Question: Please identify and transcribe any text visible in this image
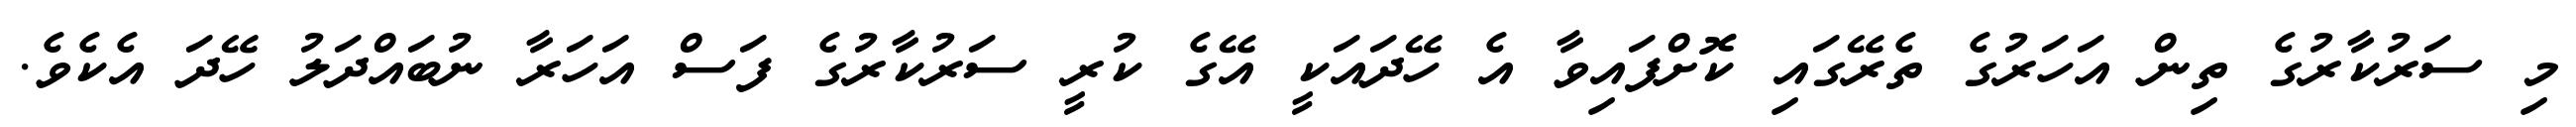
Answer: މި ސަރުކާރުގެ ތިން އަހަރުގެ ތެރޭގައި ކޮށްފައިވާ އެ ހޭދައަކީ އޭގެ ކުރީ ސަރުކާރުގެ ފަސް އަހަރާ ނުބައްދަލު ހޭދަ އެކެވެ.